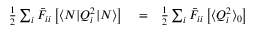
\begin{array} { r l r } { \frac { 1 } { 2 } \sum _ { i } \bar { F } _ { i i } \left[ \langle N | Q _ { i } ^ { 2 } | N \rangle \right] } & { { } = } & { \frac { 1 } { 2 } \sum _ { i } \bar { F } _ { i i } \left[ \langle Q _ { i } ^ { 2 } \rangle _ { 0 } \right] } \end{array}